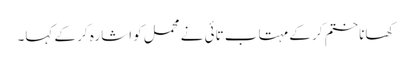
کھانا ختم کر کے مہتاب تائی نے محمل کو اشارہ کر کے کہا۔